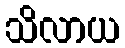
သိလာယ